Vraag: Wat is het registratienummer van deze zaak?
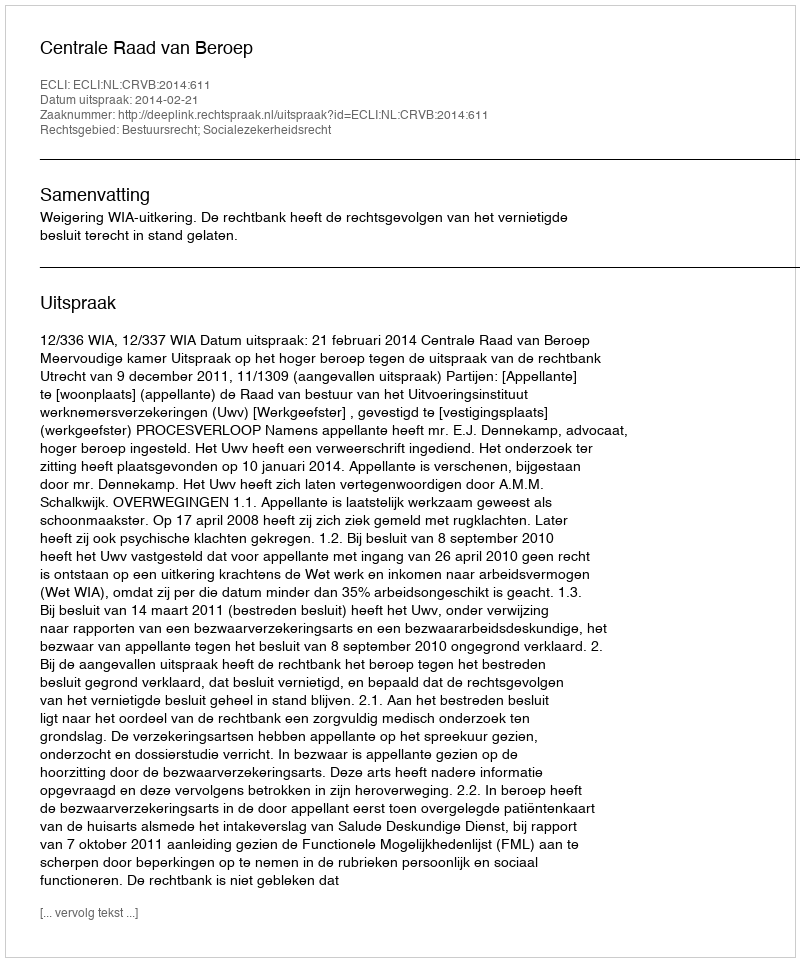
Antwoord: http://deeplink.rechtspraak.nl/uitspraak?id=ECLI:NL:CRVB:2014:611